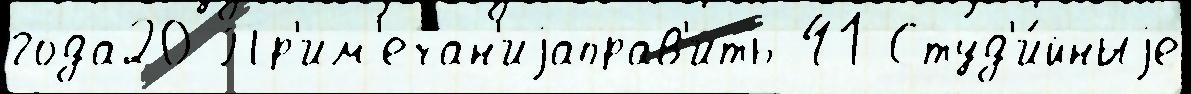
года20 Пр'им'ечан'иjаправ'ить 41 Студ'и́йныjе